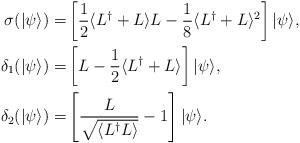
LaTeX: \begin{align*}\sigma(|\psi\rangle) = & \left[ \frac{1}{2} \langle L^{\dagger} + L\rangle L - \frac{1}{8} \langle L^{\dagger}+ L\rangle^2 \right] |\psi\rangle, \\\delta_1(|\psi\rangle) = & \left[ L - \frac{1}{2} \langle L^{\dagger}+ L\rangle \right] |\psi\rangle, \\\delta_2(|\psi\rangle) = & \left[\dfrac{L}{\sqrt{\langle L^{\dagger} L\rangle}} - 1\right]|\psi\rangle.\end{align*}